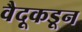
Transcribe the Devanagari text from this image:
वैदूकडून